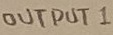
Text: OUTPUT 1